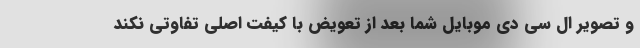
و تصویر ال سی دی موبایل شما بعد از تعویض با کیفت اصلی تفاوتی نکند